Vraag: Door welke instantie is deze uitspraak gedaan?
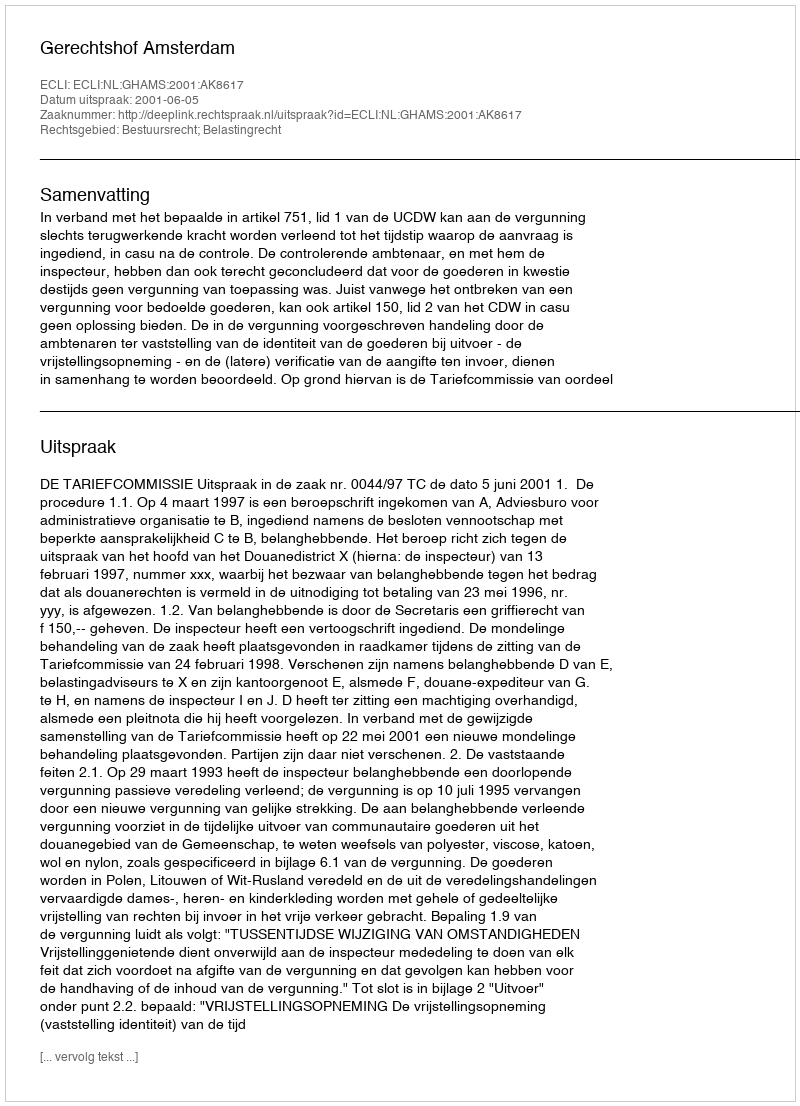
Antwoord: Gerechtshof Amsterdam